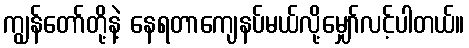
ကျွန်တော်တို့နဲ့ နေရတာကျေနပ်မယ်လို့မျှော်လင့်ပါတယ်။